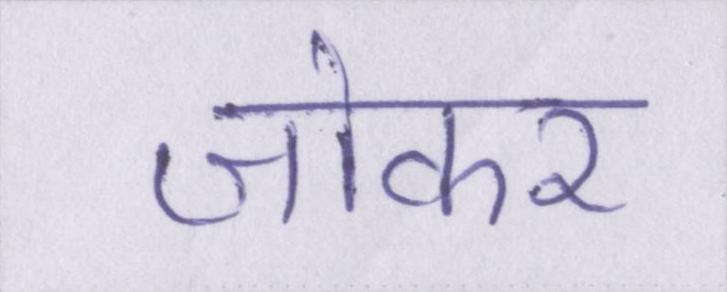
जोकर